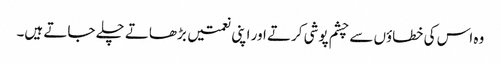
وہ اس کی خطاؤں سے چشم پوشی کرتے اور اپنی نعمتیں بڑھاتے چلے جاتے ہیں۔